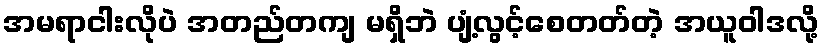
အမရာငါးလိုပဲ အတည်တကျ မရှိဘဲ ပျံ့လွင့်စေတတ်တဲ့ အယူဝါဒလို့